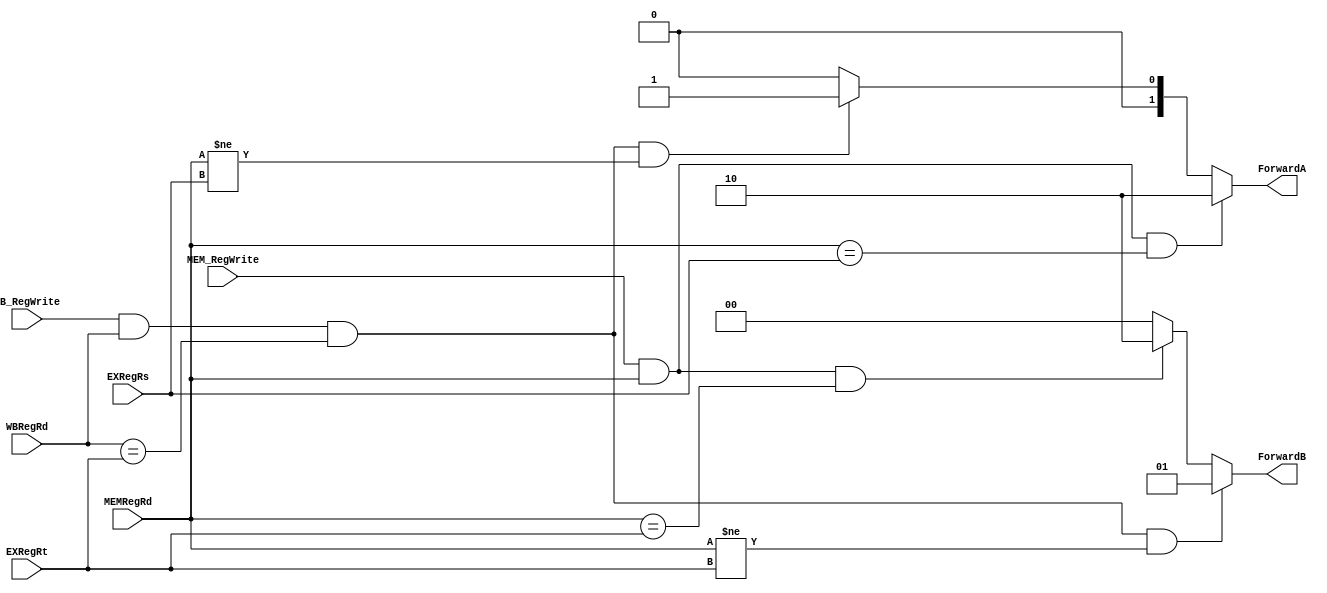
module ForwardUnit(MEMRegRd,WBRegRd,EXRegRs,EXRegRt,MEM_RegWrite,WB_RegWrite,ForwardA,ForwardB);

	input [0:0] MEMRegRd,WBRegRd,EXRegRs,EXRegRt;
	input MEM_RegWrite,WB_RegWrite;
	output [1:0] ForwardA,ForwardB;

	reg [1:0] ForwardA,ForwardB;

	always@(MEM_RegWrite or MEMRegRd or EXRegRs or WB_RegWrite or WBRegRd)
	begin
		if((MEM_RegWrite)&&(MEMRegRd != 0)&&(MEMRegRd == EXRegRs))
			ForwardA = 2'b10;
		else if((WB_RegWrite)&&(WBRegRd != 0)&&(WBRegRd == EXRegRt)&&(MEMRegRd != EXRegRs))
			ForwardA = 2'b01;
		else
			ForwardA = 2'b00; 
	end

	always@(WB_RegWrite or WBRegRd or EXRegRt or MEM_RegWrite or MEMRegRd)
	begin
		if((WB_RegWrite)&&(WBRegRd != 0)&&(WBRegRd == EXRegRt)&&(MEMRegRd != EXRegRt))
			ForwardB = 2'b01;
		else if((MEM_RegWrite)&&(MEMRegRd != 0)&&(MEMRegRd == EXRegRt))
			ForwardB = 2'b10;
		else
			ForwardB = 2'b00; 
	end
endmodule